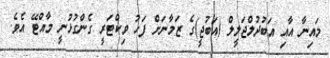
މައިނާ އާއި އަބުދުލްޖަލީލް (އަބުޖީ)ގެ ޒަމާނަށް ފަހު ވިކްޓަރީ ގެންގުޅުނީ މާއްޓޭ އެވެ.